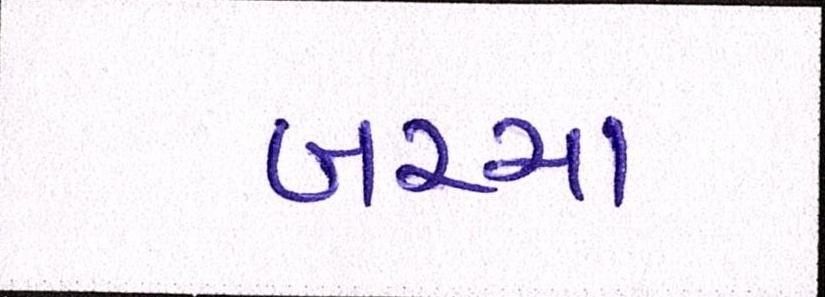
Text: બચ્ચા